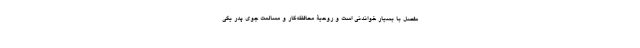
مفصل با بسیار خواندنی است و روحیۀ محافظه‌کار و مسالمت جوی پدر یکی